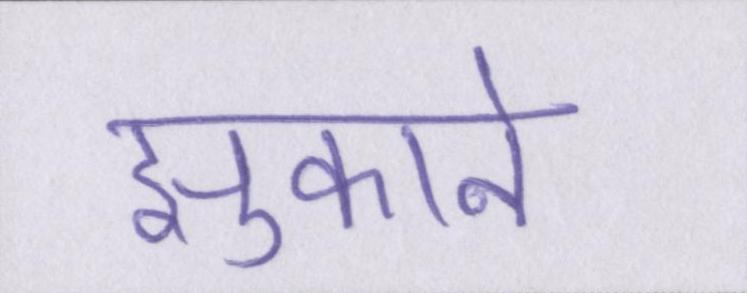
झुकाने